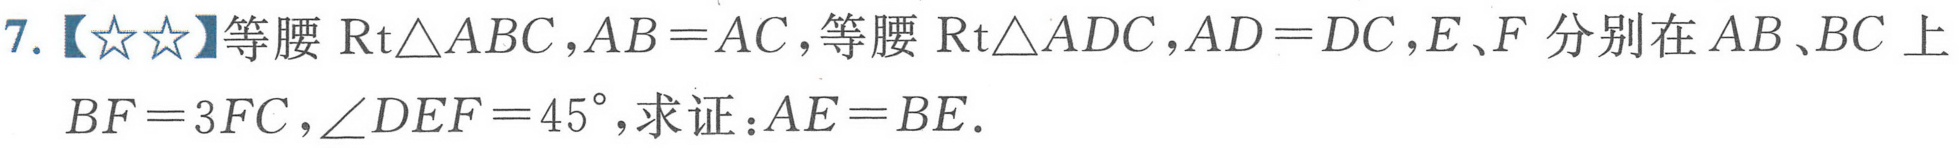
7.【★★】等腰\(\mathrm{Rt}\triangle ABC\)，\(AB = AC\)，等腰\(\mathrm{Rt}\triangle ADC\)，\(AD = DC\)，\(E、F\)分别在\(AB、BC\)上
\(BF = 3FC\)，\(\angle DEF = 45^{\circ}\)，求证：\(AE = BE\).